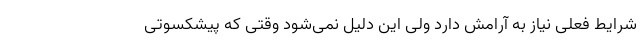
شرایط فعلی نیاز به آرامش دارد ولی این دلیل نمی‌شود وقتی که پیشکسوتی